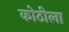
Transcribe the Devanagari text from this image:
कोठीला